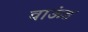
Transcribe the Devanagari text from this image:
वाऊंड